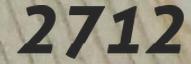
2712